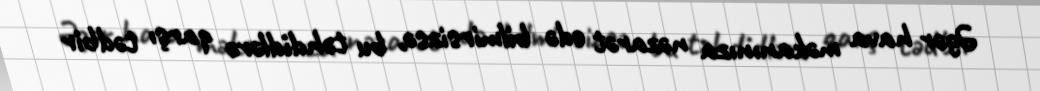
Əgər hava məkanınıza nəzarət edə bilmirsizsə, bu təhdidlərə qarşı tədbir